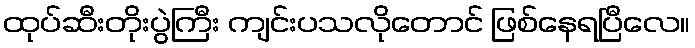
ထုပ်ဆီးတိုးပွဲကြီး ကျင်းပသလိုတောင် ဖြစ်နေရပြီလေ။